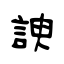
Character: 諛